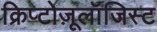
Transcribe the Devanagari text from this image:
क्रिप्टोज़ूलॉजिस्ट